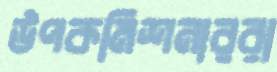
উপকমিশনাররা